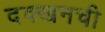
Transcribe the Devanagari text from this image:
दक्खनची